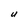
Character: U